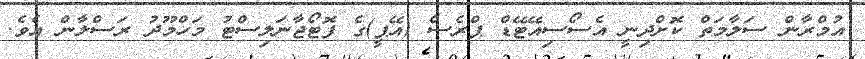
އުމްރާން ސަލާމަތް ކޮށްދިނީ އެސޯސިއޭޓޭޑް ޕްރެސް (އޭޕީ)ގެ ފޮޓޯޖާނަލިސްޓު މަހްމޫދު ރަސްލާން އެވެ.